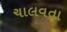
ચાલવતા